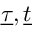
\underline { { \tau } } , \underline { { t } }